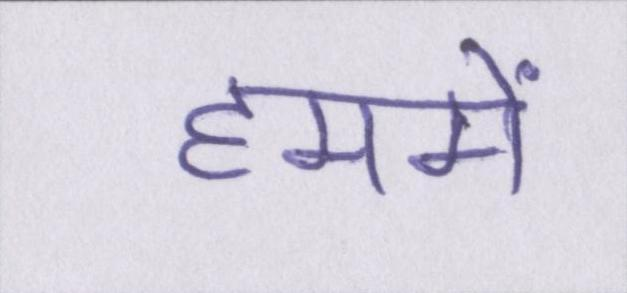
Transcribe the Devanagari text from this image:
हममें